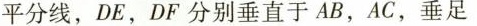
平分线，DE，DF分别垂直于AB，AC，垂足